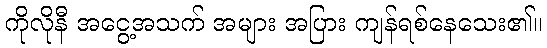
ကိုလိုနီ အငွေ့အသက် အများ အပြား ကျန်ရစ်နေသေး၏။